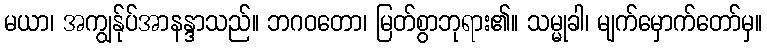
မယာ၊ အကျွန်ုပ်အာနန္ဒာသည်။ ဘဂဝတော၊ မြတ်စွာဘုရား၏။ သမ္မုခါ၊ မျက်မှောက်တော်မှ။